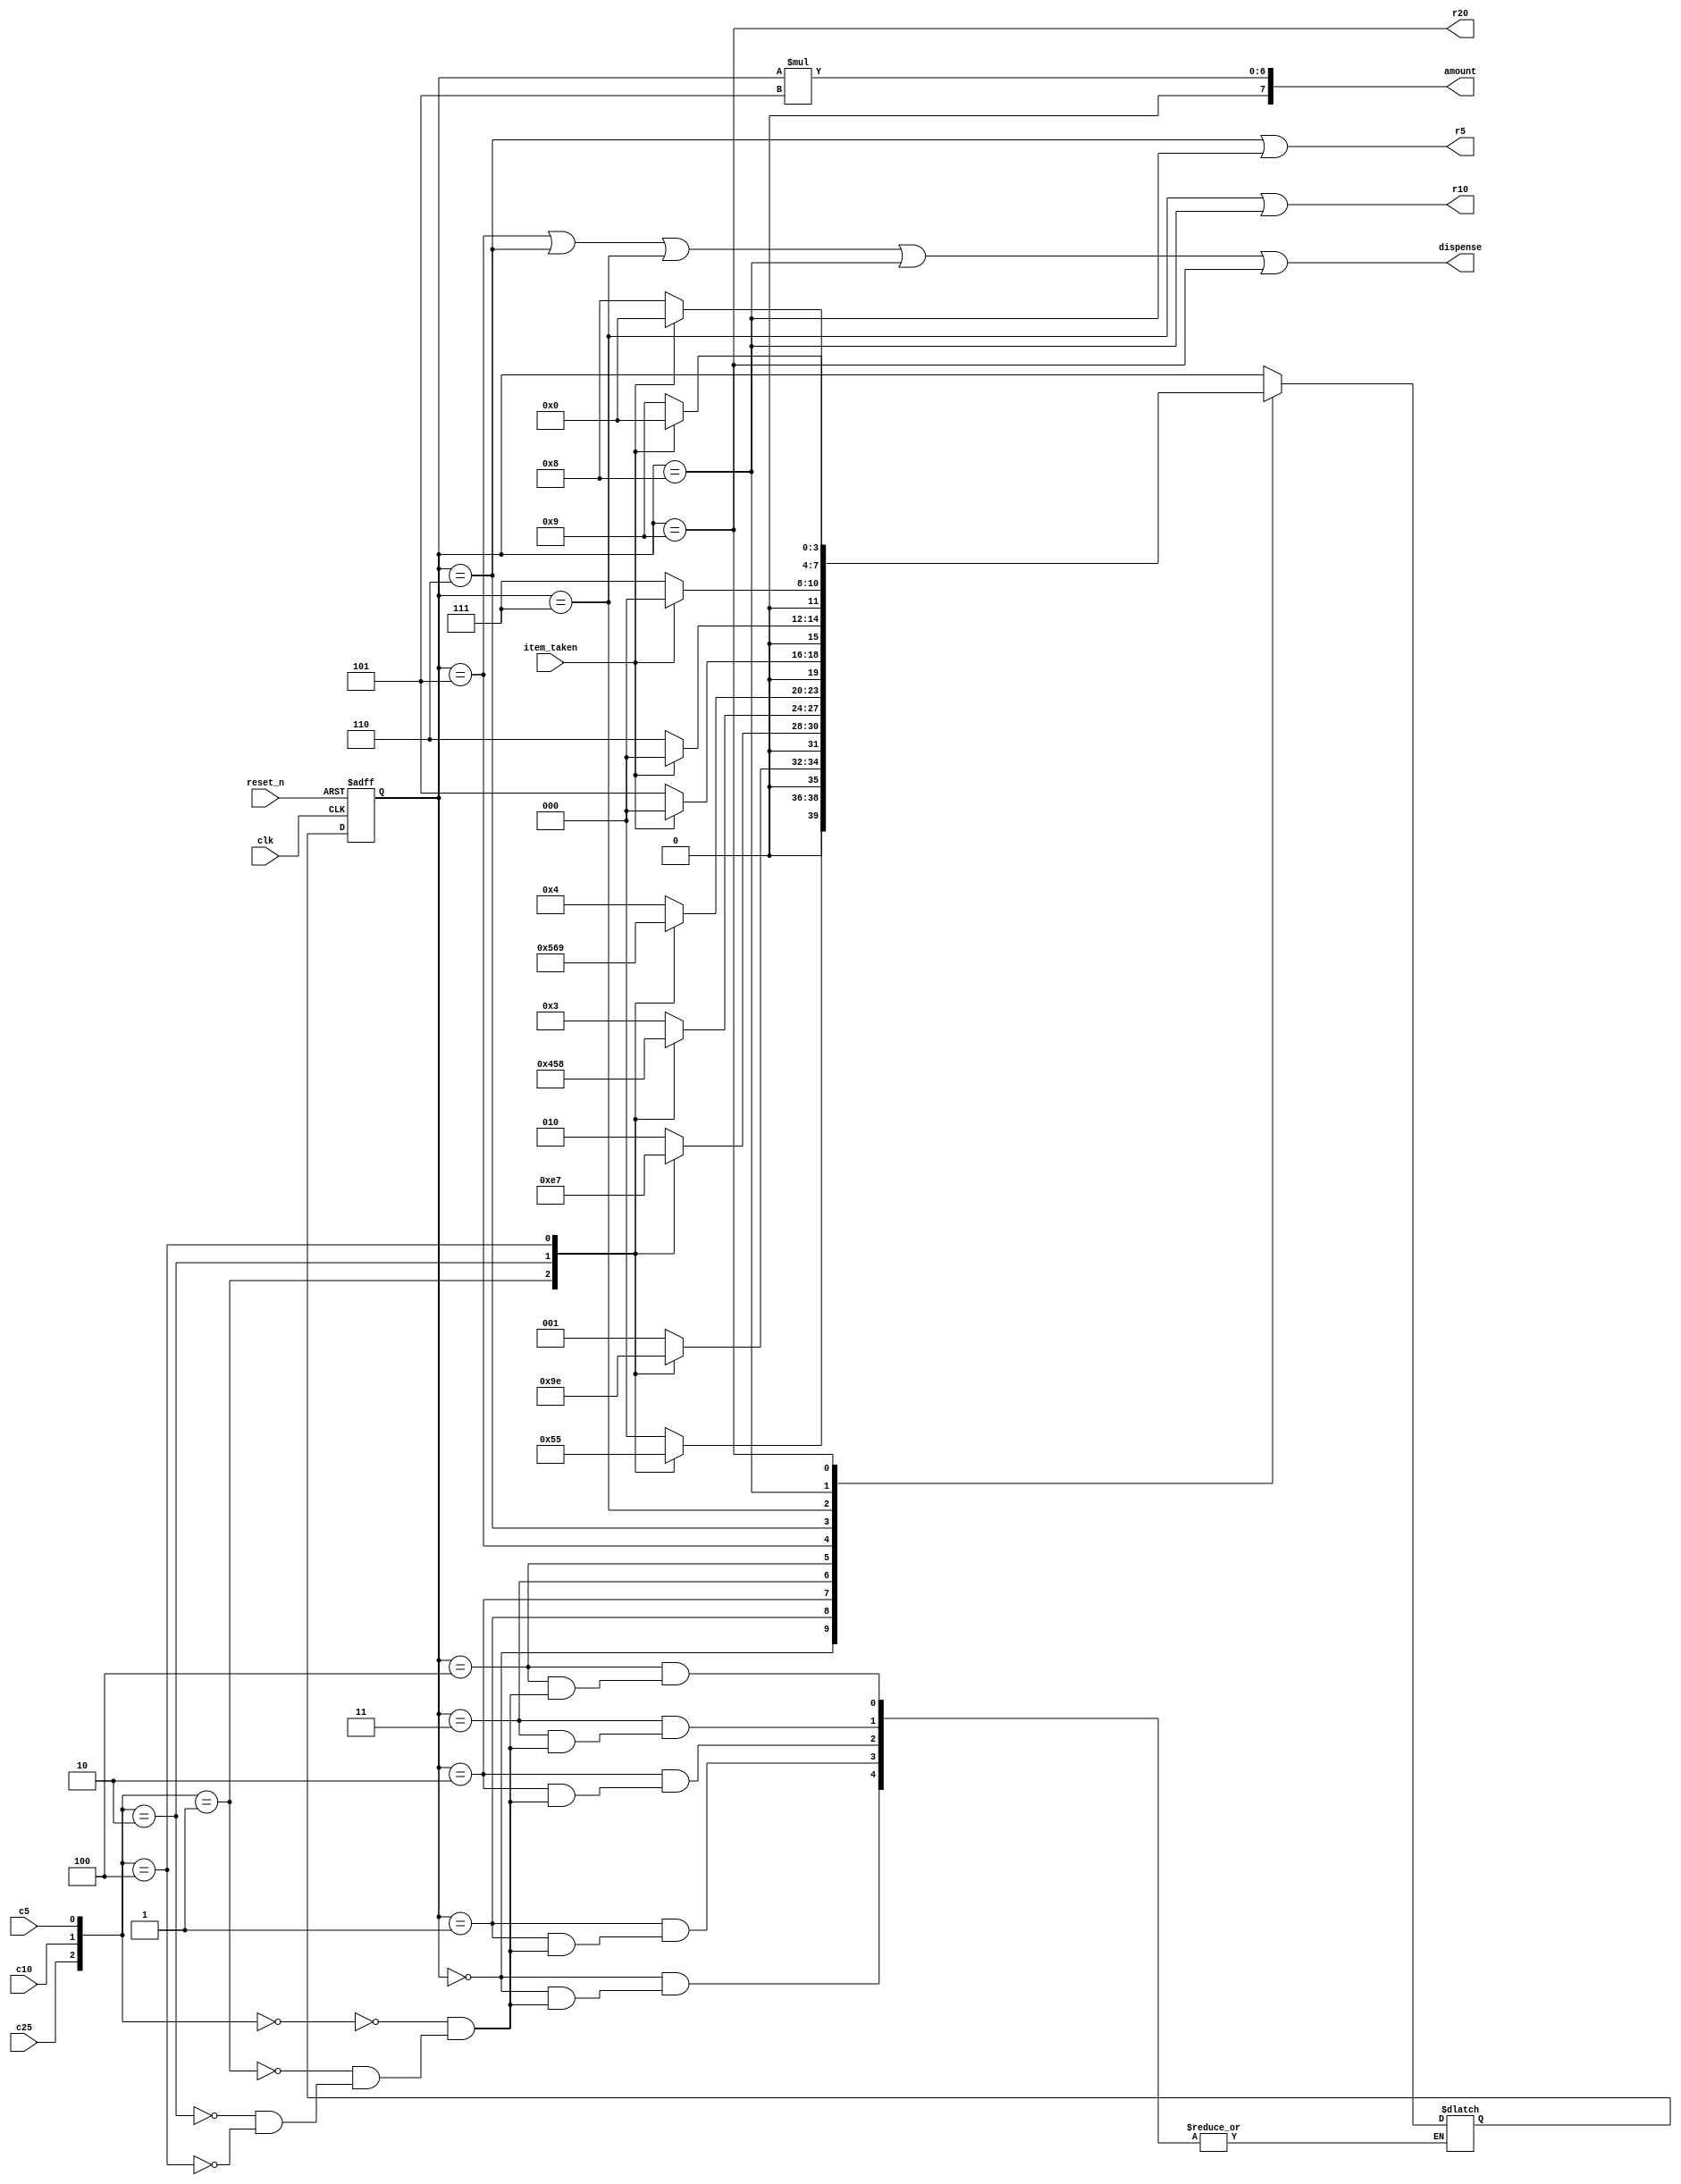
`timescale 1ns / 1ps

module vending_machine_fsm(
    input clk, c5, c10, c25, item_taken, reset_n,
    output dispense, 
    output r5, r10, r20,
    output [7:0] amount
    );
    
    localparam s0=4'b0000, s1=4'b0001, s2=4'b0010, s3=4'b0011, s4=4'b0100,
               s5=4'b0101, s6=4'b0110, s7=4'b0111, s8=4'b1000,
               s9=4'b1001;
               
    reg[3:0] state_reg, state_next;
    
    wire[2:0] coins;
    assign coins = {c25,c10,c5};
    
    always @(posedge clk, negedge reset_n)
    begin
        if(~reset_n)
        begin
            state_reg <= 0;
        end
        else
            state_reg <= state_next;   
    end
    
    always@*
    begin
        case(state_reg)
            s0: case(coins)
                    3'b000:state_next = s0;
                    3'b001:state_next = s1;
                    3'b010:state_next = s2;
                    3'b100:state_next = s5;
                endcase
                    
            s1: case(coins)
                    3'b000:state_next = s1;
                    3'b001:state_next = s2;
                    3'b010:state_next = s3;
                    3'b100:state_next = s6;
                endcase
                    
            s2: case(coins)
                    3'b000:state_next = s2;
                    3'b001:state_next = s3;
                    3'b010:state_next = s4;
                    3'b100:state_next = s7;
                endcase
                    
            s3: case(coins)
                    3'b000:state_next = s3;
                    3'b001:state_next = s4;
                    3'b010:state_next = s5;
                    3'b100:state_next = s8;
                endcase
                    
            s4: case(coins)
                    3'b000:state_next = s4;
                    3'b001:state_next = s5;
                    3'b010:state_next = s6;
                    3'b100:state_next = s9;
                endcase
                    
            s5: case(item_taken)
                    1'b0:state_next = s5;
                    1'b1:state_next = s0;
                endcase
                                  
            s6: case(item_taken)
                    1'b0:state_next = s6;
                    1'b1:state_next = s0;
                endcase 
                    
            s7: case(item_taken)
                    1'b0:state_next = s7;
                    1'b1:state_next = s0;
                endcase 
            
            s8: case(item_taken)
                    1'b0:state_next = s8;
                    1'b1:state_next = s0;
                endcase 
                    
            s9: case(item_taken)
                    1'b0:state_next = s9;
                    1'b1:state_next = s0;
                endcase 
            
            default state_next = state_reg;
            
        endcase
    end
    
    assign dispense = (state_reg == s5) | (state_reg == s6) | (state_reg == s7) | 
                      (state_reg == s8) | (state_reg == s9);
    assign r5 = (state_reg == s6) | (state_reg == s8);
    assign r10 = (state_reg == s7) | (state_reg == s8);
    assign r20 = (state_reg == s9);
    assign amount = (state_reg*5);
    
endmodule